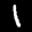
Digit: 1